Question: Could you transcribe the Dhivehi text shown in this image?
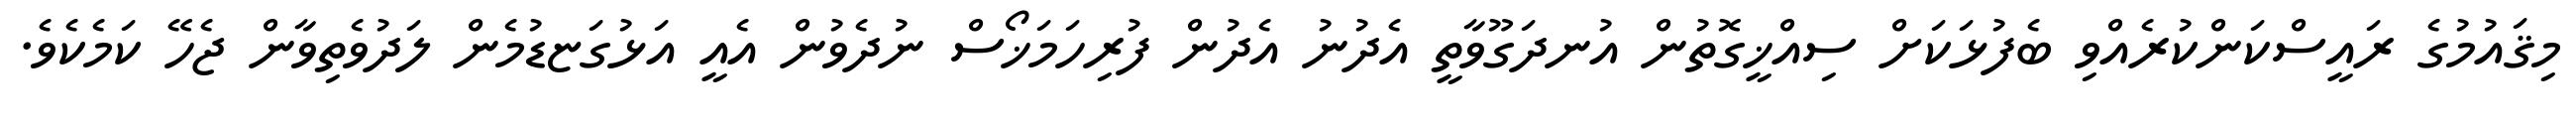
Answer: މިޤައުމުގެ ރައީސްކަންކުރެއްވި ބެފުޅަކަށް ސިއްޚީގޮތުން އުނދަގޫވާތީ އެދުނު އެދުން ފުރިހަމަޚޯސް ނުދެވުން އެއީ އަޅުގަޏޑުމެން ލަދުވެތިވާން ޖެހޭ ކަމެކެވެ.